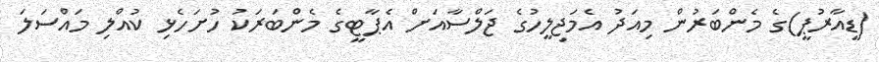
(ޑީއާރުޕީ)ގެ މެންބަރުން މިއަދު އެމަޖިލީހުގެ ޖަލްސާއަށް އެޕާޓީގެ މެންބަރަކު ހުށަހެޅި ކުއްލި މައްސަލަ